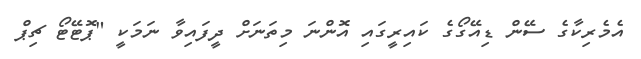
އެމެރިކާގެ ސޭން ޑިއޭގޯގެ ކައިރީގައި އޮންނަ މިތަނަށް ދީފައިވާ ނަމަކީ "ޕޮޓޭޓޯ ޗިޕް